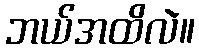
ဘယ်အထိလဲ။